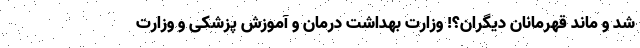
شد و ماند قهرمانان دیگران؟! وزارت بهداشت درمان و آموزش پزشکی و وزارت